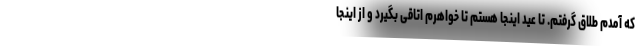
که آمدم طلاق گرفتم. تا عید اینجا هستم تا خواهرم اتاقی بگیرد و از اینجا